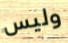
وليس